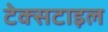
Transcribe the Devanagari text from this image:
टेक्‍सटाइल